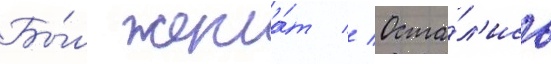
Бы́л жена́т // Оста́л'ись